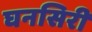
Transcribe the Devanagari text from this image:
घनसिरी